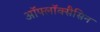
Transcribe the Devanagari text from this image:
ऑफ्लॉक्सैसिन